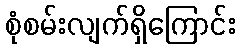
စုံစမ်းလျက်ရှိကြောင်း